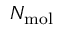
N _ { \mathrm { m o l } }